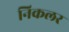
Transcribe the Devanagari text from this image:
निकलर